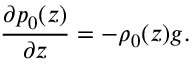
\frac { \partial p _ { 0 } ( z ) } { \partial z } = - \rho _ { 0 } ( z ) g .